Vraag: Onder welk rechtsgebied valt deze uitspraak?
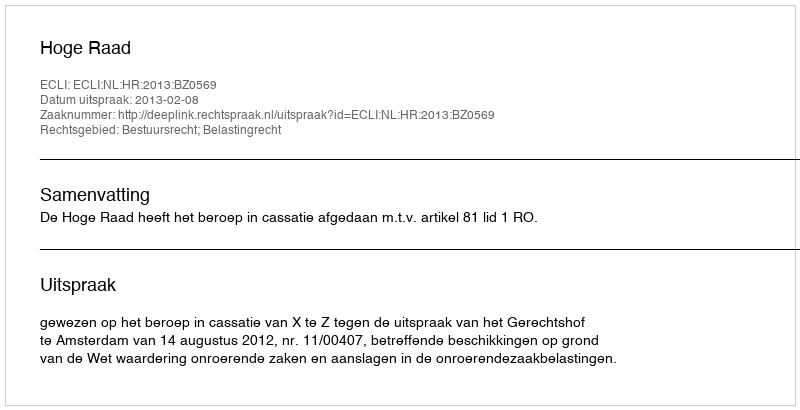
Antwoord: Bestuursrecht; Belastingrecht